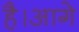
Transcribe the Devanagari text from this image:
है।आगे